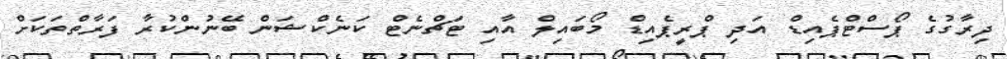
ދިރާގުގެ ޕޯސްޓްޕެއިޑް އަދި ޕްރީޕެއިޑް މޯބައިލް އާއި ޓަޗްނެޓް ކަނެކްޝަން ބޭނުންކުރާ ފަރާތްތަކަށް